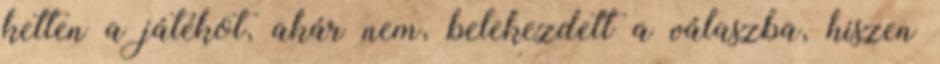
ketten a játékot, akár nem, belekezdett a válaszba, hiszen